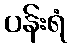
ပန်းရံ